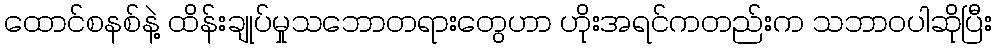
ထောင်စနစ်နဲ့ ထိန်းချုပ်မှုသဘောတရားတွေဟာ ဟိုးအရင်ကတည်းက သဘာဝပါဆိုပြီး